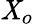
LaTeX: \mathit{X}_{o}